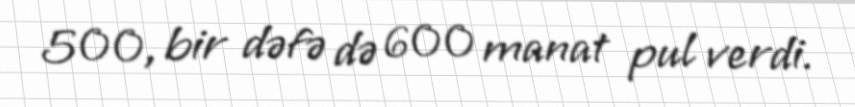
500, bir dəfə də 600 manat pul verdi.